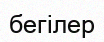
бегілер